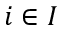
i \in I